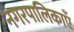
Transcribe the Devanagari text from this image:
नगरपालिकाएँ